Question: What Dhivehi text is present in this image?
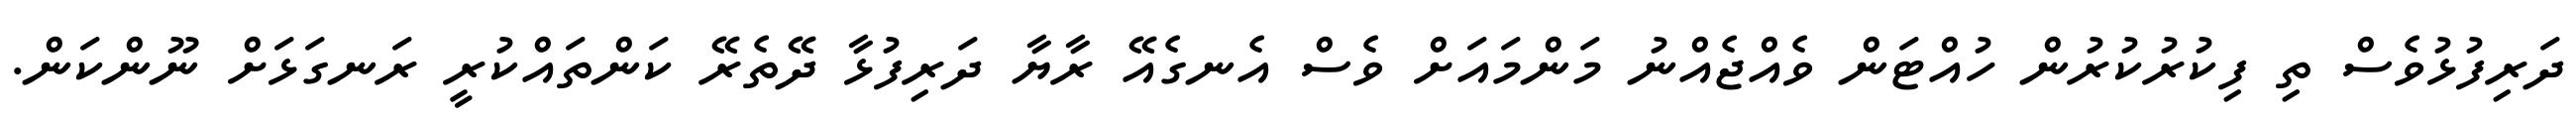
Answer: ދަރިފުޅުވެސް ތި ފިކުރުކުރުން ހުއްޓަން ވެއްޖެއްނު މަންމައަށް ވެސް އެނގެއޭ ރާޔާ ދަރިފުޅާ ދޭތެރޭ ކަންތައްކުރީ ރަނގަޅަށް ނޫންކަން.